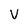
Character: V